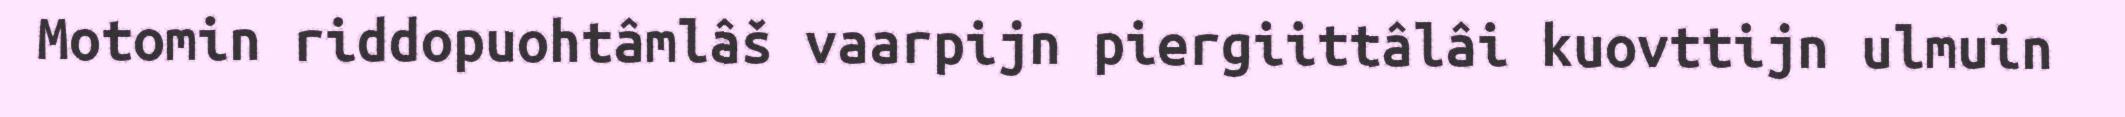
Motomin riddopuohtâmlâš vaarpijn piergiittâlâi kuovttijn ulmuin